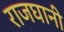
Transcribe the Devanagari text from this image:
राजघानी